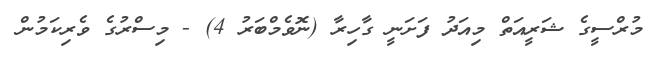
މުރްސީގެ ޝަރީއަތް މިއަދު ފަށަނީ ގާހިރާ (ނޮވެމްބަރު 4) - މިސްރުގެ ވެރިކަމުން